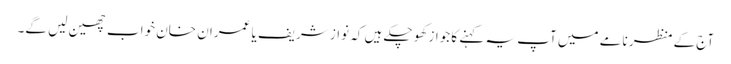
آج کے منظر نامے میں آپ یہ کہنے کا جواز کھو چکے ہیں کہ نواز شریف یا عمران خان خواب چھین لیں گے۔